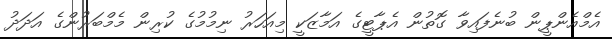
އެމްއެންޕީން ބުނެފައިވާ ގޮތުން އެޕާޓީގެ އަމާޒަކީ މިއަހަރު ނިމުމުގެ ކުރިން މެމްބަރުންގެ އަދަދު